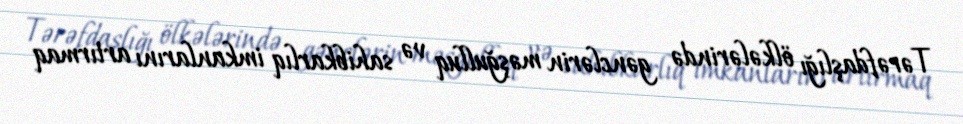
Tərəfdaşlığı ölkələrində gənclərin məşğulluq və sahibkarlıq imkanlarını artırmaq